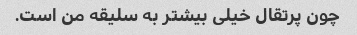
چون پرتقال خیلی بیشتر به سلیقه من است.